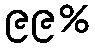
၉၉%